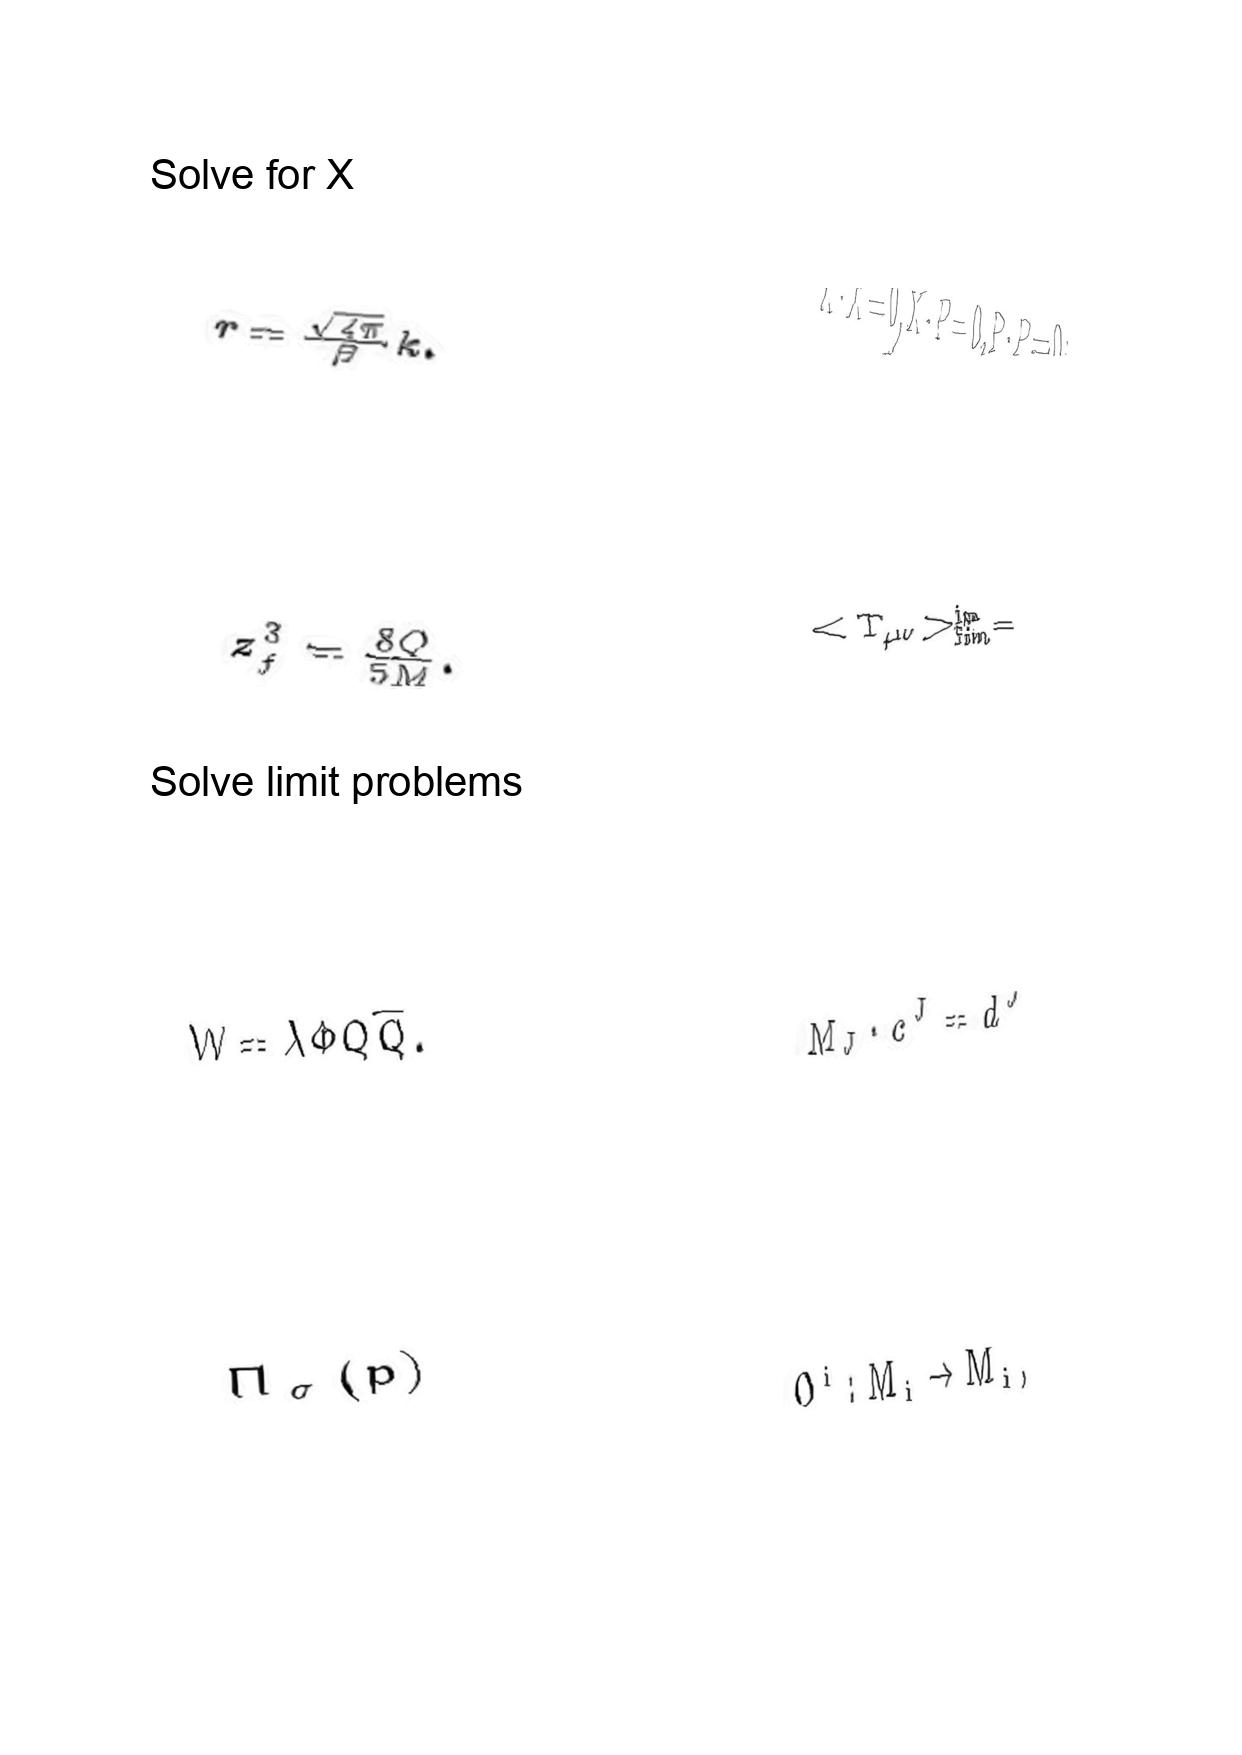
LaTeX transcription:
r = \frac { \sqrt { 4 \pi } } { \beta } k .
z _ { f } ^ { 3 } = \frac { 8 Q } { 5 M } .
W = \lambda \Phi Q \tilde { Q } .
\Pi _ { \sigma } \lparen p \rparen
X \cdot X = 0 , X \cdot P = 0 , P \cdot P = 0 .
\lt T _ { \mu \nu } \gt _ { f i n } ^ { i n } =
M _ { J } \cdot c ^ { J } = d ^ { J }
O ^ { i } : M _ { i } \rightarrow M _ { i } ,